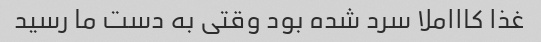
غذا کاااملا سرد شده بود وقتی به دست ما رسید